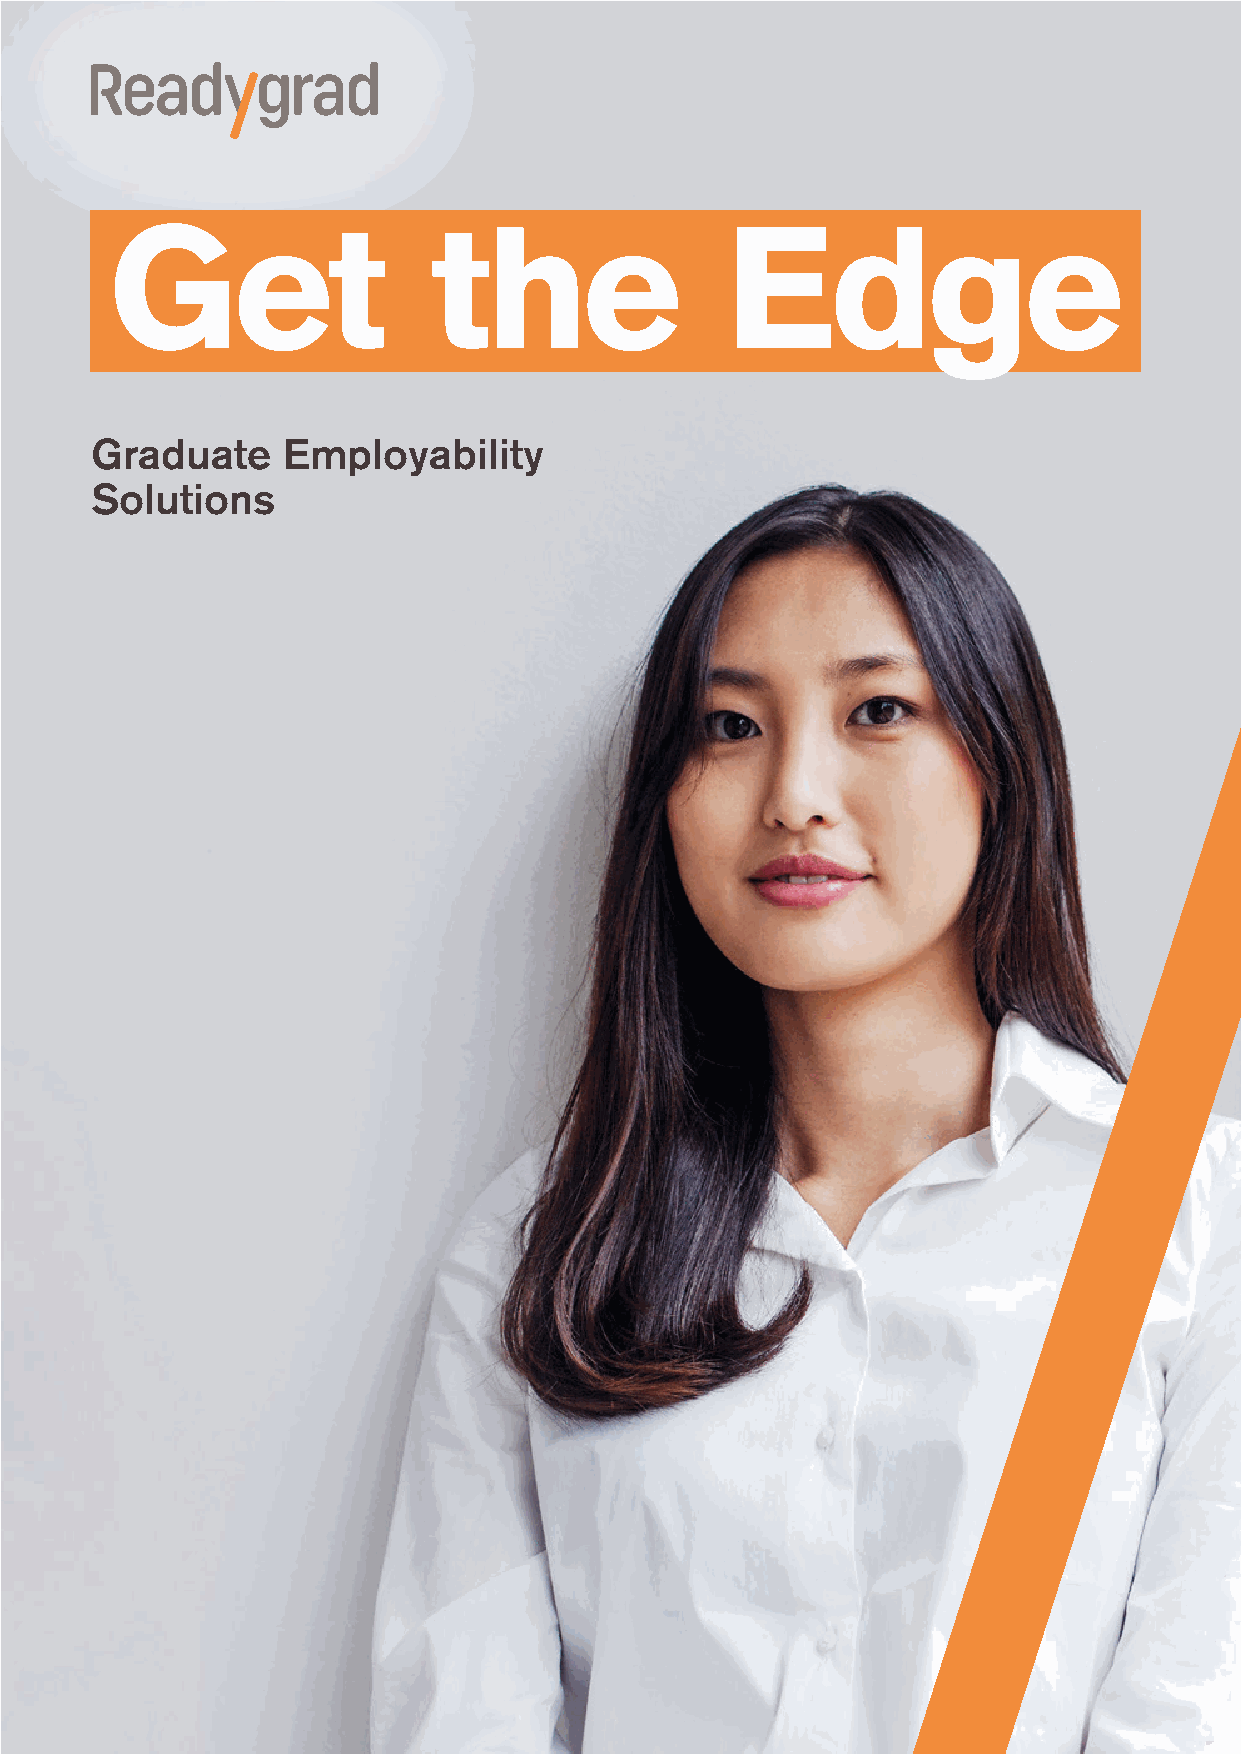
Are        your
 Our Programs Get            the                 Edge
 students                ready
 at a Glance
 for      the       graduate
 Graduate     Employability
 recruitment
 Get your students ready to transition Experiential Programs Solutions
 from study to the professional workplace
 Our experiential programs help students prepare for a
 through a partnership with Readygrad.
 competitive graduate recruitment market and develop
 process               and
 the core employability skills required by employers.
 This is done through hands-on learning and simulated
 Industry Placements and experience of the graduate recruitment process.
 In-Company Projects                                                                         professional
 Consultation Services
 We develop relevant, scalable and quality assured
 end-to-end industry placement solutions that are Through a collaborative process we partner with
 easy to implement and are individually tailored to suit universities and education providers to consult on workplace?
 the needs of you and your students. curriculum and deliver staff professional development
 workshops to implement best practice and
 Self-Paced Online Programs contemporary industry knowledge.
 Our suite of online employability programs are
 instructionally designed, interactive self-paced
 programs which include logical milestones, identified
 learning outcomes and the opportunity for peer-to- The Readygrad sessions
 peer learning.
 complemented the services
 Workshops and Seminars already offered by Curtin University
 Careers Centre, with students
 These interactive sessions incorporate up-to-date
 industry insight from an employer perspective. reporting an increase in confidence,
 They are designed to complement technical training
 knowledge and insight of the
 and support the study to job transition by addressing
 specific employability areas. graduate recruitment process, and a
 stronger awareness of their current
 Need  employer      Setting up or       Looking for
 employability skill level.
 insights and industry managing an       responsive,
 Associate Director,                                                                         connections for     industry            relevant and
 Curtin Careers Centre,
 Curtin University                                                                           your employability  placement           scalable
 strategy?           program?            solutions?
 Find out how a partnership with readygrad.com.au +61 (0)3 9650 4080
 Our Partners Include:
 partnerships@readygrad.com.au
 Readygrad can help support your
 graduate employability strategy
 by contacting us today. Readygrad
 Gradability Pty Ltd, ABN 86 117 850 281 RTO 91436, trading as Readygrad.
 This information is correct at time of publishing - March 2019.